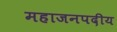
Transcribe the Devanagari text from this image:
महाजनपदीय